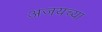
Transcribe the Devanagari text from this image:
अजयच्या